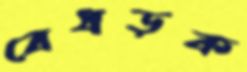
বেধড়ক